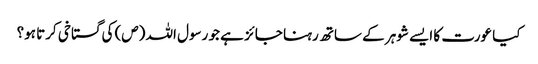
کیا عورت کا ایسے شوہر کے ساتھ رہنا جائز ہے جو رسول اللہ (ص) کی گستاخی کرتا ہو؟